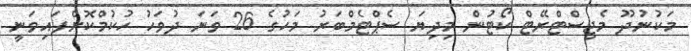
މަކުނުދޫ މެޖިސްޓްރޭޓް ކޯޓުން މިދިޔަ ސެޕްޓެމްބަރު މަހުގެ 26 ވަނަ ދުވަހު ހުކުމްކޮށްފައިވަނީ